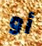
أو